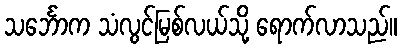
သင်္ဘောက သံလွင်မြစ်လယ်သို့ ရောက်လာသည်။